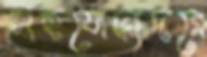
সহযোদ্ধাদরে